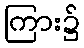
ကြား၌